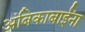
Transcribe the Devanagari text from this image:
अंबिकाबाईंना